Malaria in the Duars
Disease focus: Malaria
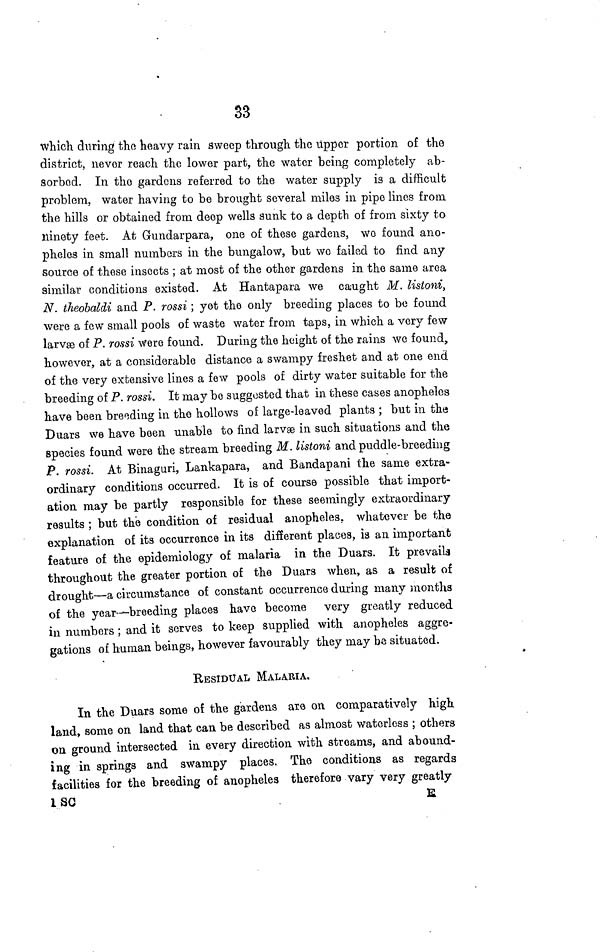
33
which during the heavy rain sweep through the upper portion of the
district, never reach the lower part, the water being completely ab-
sorbed. In the gardens referred to the water supply is a difficult
problem, water having to be brought several miles in pipe lines from
the hills or obtained from deep wells sunk to a depth of from sixty to
ninety feet. At Gundarpara, one of these gardens, we found ano-
pheles in small numbers in the bungalow, but wo failed to find any
source of these insects ; at most of the other gardens in the same area
similar conditions existed. At Hantapara we caught M. listoni,
N. theobaldi and P. rossi ; yet the only breeding places to be found
were a few small pools of waste water from taps, in which a very few
larvæ of P. rossi were found. During the height of the rains we found,
however, at a considerable distance a swampy freshet and at one end
of the very extensive lines a few pools of dirty water suitable for the
breeding of P. rossi. It may be suggested that in these cases anopheles
have been breeding in the hollows of large-leaved plants ; but in the
Duars we have been unable to find larvæ in such situations and the
species found were the stream breeding M. listoni and puddle-breeding
P. rossi. At Binaguri, Lankapara, and Bandapani the same extra-
ordinary conditions occurred. It is of course possible that import-
ation may be partly responsible for these seemingly extraordinary
results ; but the condition of residual anopheles, whatever be the
explanation of its occurrence in its different places, is an important
feature of the epidemiology of malaria in the Duars. It prevails
throughout the greater portion of the Duars when, as a result of
drought—a circumstance of constant occurrence during many months
of the year—breeding places have become very greatly reduced
in numbers ; and it serves to keep supplied with anopheles aggre-
gations of human beings, however favourably they may be situated.
RESIDUAL MALARIA.
In the Duars some of the gardens are on comparatively high,
land, some on land that can be described as almost waterless ; others
on ground intersected in every direction with streams, and abound-
ing in springs and swampy places. The conditions as regards
facilities for the breeding of anopheles therefore vary very greatly
1 SC
E